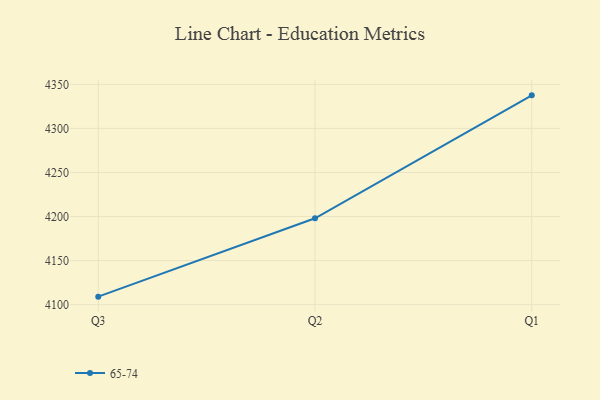
{"axis": {"x": "Quarter", "y": "Gross Profit (USD K)"}, "legend": ["65-74"], "data": [{"x": "Q3", "y": 4109.1, "type": "65-74"}, {"x": "Q2", "y": 4198.0, "type": "65-74"}, {"x": "Q1", "y": 4337.5, "type": "65-74"}]}